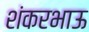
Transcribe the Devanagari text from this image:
शंकरभाऊ